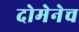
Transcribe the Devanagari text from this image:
दोमेनेच